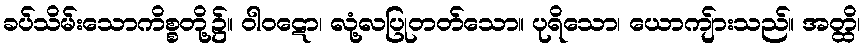
ခပ်သိမ်းသောကိစ္စတို့၌။ ဝါဝဋော၊ လုံ့လပြုတတ်သော။ ပုရိသော၊ ယောကျ်ားသည်။ အတ္ထိ၊